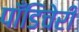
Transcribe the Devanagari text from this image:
पॉँडिचेरी